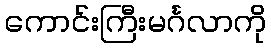
ကောင်းကြီးမင်္ဂလာကို